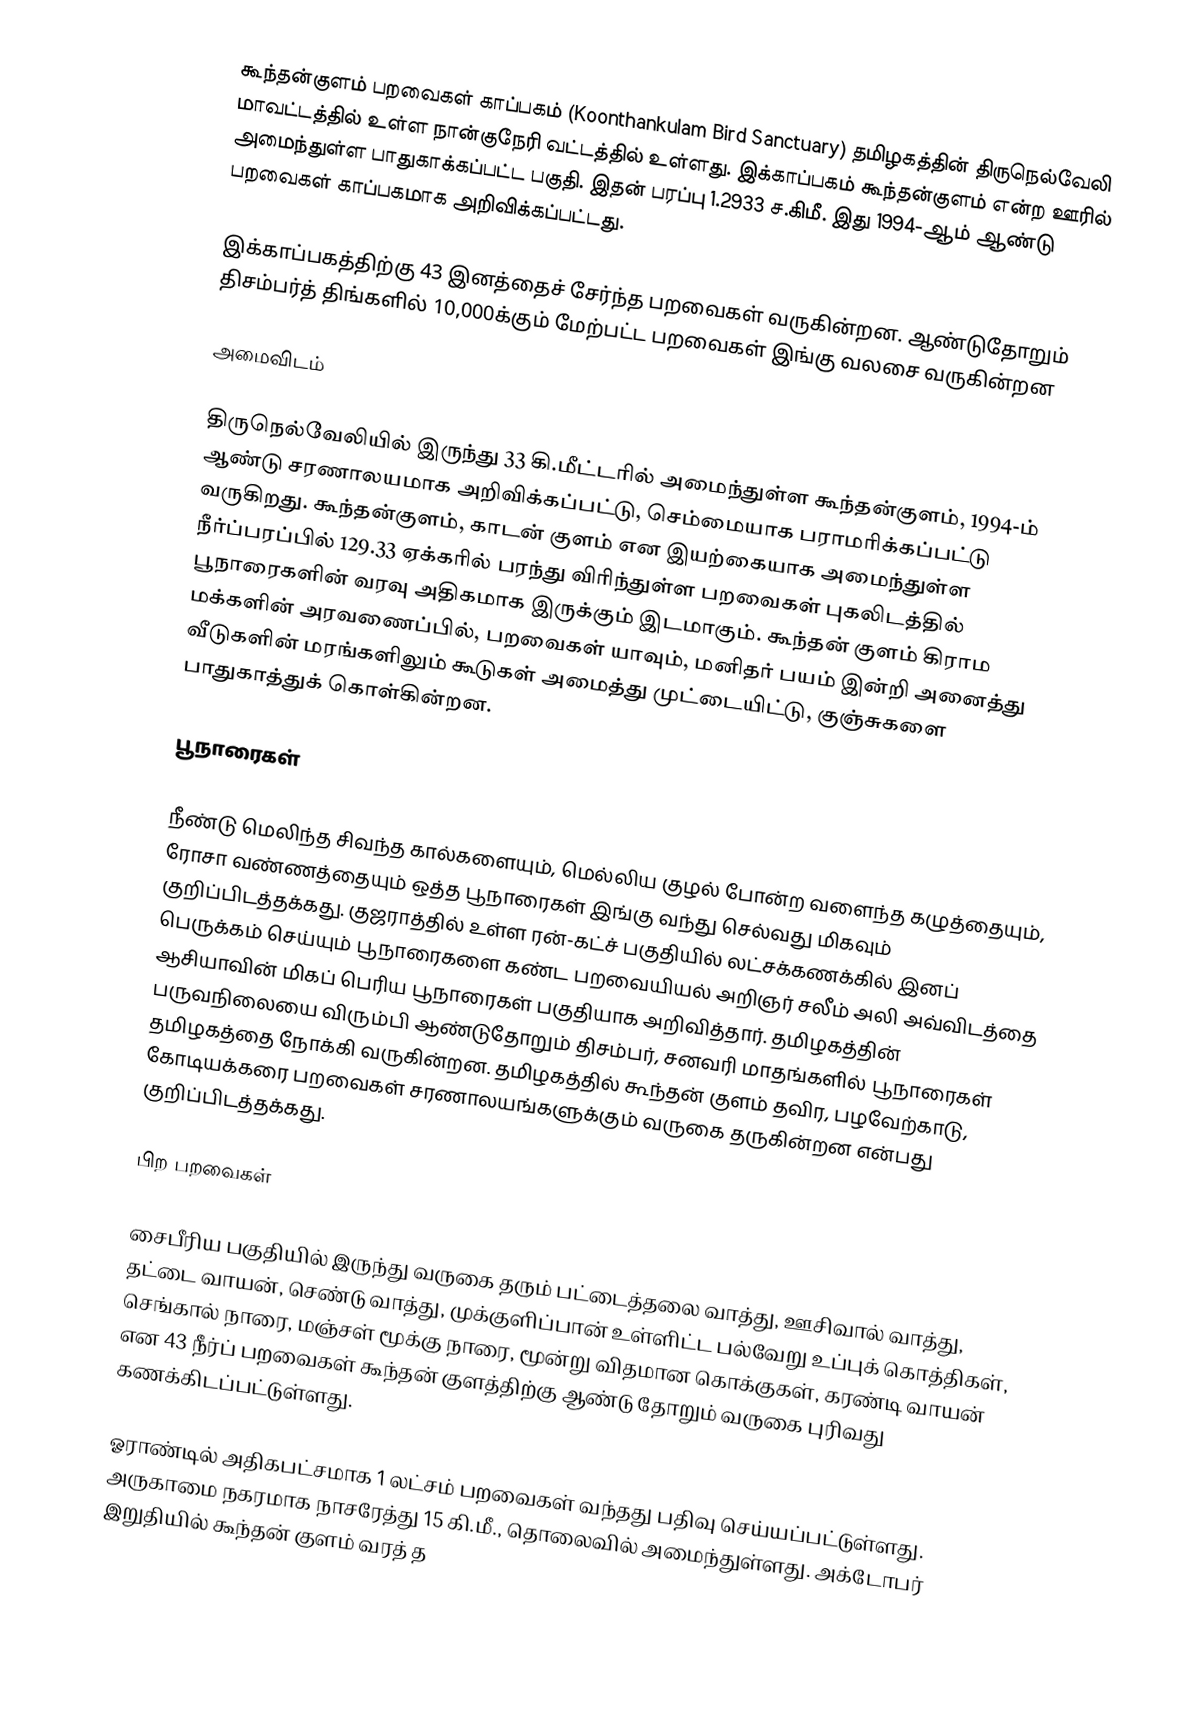
கூந்தன்குளம் பறவைகள் காப்பகம் (Koonthankulam Bird Sanctuary) தமிழகத்தின் திருநெல்வேலி மாவட்டத்தில் உள்ள நான்குநேரி வட்டத்தில் உள்ளது. இக்காப்பகம் கூந்தன்குளம் என்ற ஊரில் அமைந்துள்ள பாதுகாக்கப்பட்ட பகுதி. இதன் பரப்பு 1.2933 ச.கிமீ. இது 1994-ஆம் ஆண்டு பறவைகள் காப்பகமாக அறிவிக்கப்பட்டது.

இக்காப்பகத்திற்கு 43 இனத்தைச் சேர்ந்த பறவைகள் வருகின்றன. ஆண்டுதோறும் திசம்பர்த் திங்களில் 10,000க்கும் மேற்பட்ட பறவைகள் இங்கு வலசை வருகின்றன

அமைவிடம்

திருநெல்வேலியில் இருந்து 33 கி.மீட்டரில் அமைந்துள்ள கூந்தன்குளம், 1994-ம் ஆண்டு சரணாலயமாக அறிவிக்கப்பட்டு, செம்மையாக பராமரிக்கப்பட்டு வருகிறது. கூந்தன்குளம், காடன் குளம் என இயற்கையாக அமைந்துள்ள நீர்ப்பரப்பில் 129.33 ஏக்கரில் பரந்து விரிந்துள்ள பறவைகள் புகலிடத்தில் பூநாரைகளின் வரவு அதிகமாக இருக்கும் இடமாகும். கூந்தன் குளம் கிராம மக்களின் அரவணைப்பில், பறவைகள் யாவும், மனிதர் பயம் இன்றி அனைத்து வீடுகளின் மரங்களிலும் கூடுகள் அமைத்து முட்டையிட்டு, குஞ்சுகளை பாதுகாத்துக் கொள்கின்றன.

பூநாரைகள்

நீண்டு மெலிந்த சிவந்த கால்களையும், மெல்லிய குழல் போன்ற வளைந்த கழுத்தையும், ரோசா வண்ணத்தையும் ஒத்த பூநாரைகள் இங்கு வந்து செல்வது மிகவும் குறிப்பிடத்தக்கது. குஜராத்தில் உள்ள ரன்-கட்ச் பகுதியில் லட்சக்கணக்கில் இனப் பெருக்கம் செய்யும் பூநாரைகளை கண்ட பறவையியல் அறிஞர் சலீம் அலி அவ்விடத்தை ஆசியாவின் மிகப் பெரிய பூநாரைகள் பகுதியாக அறிவித்தார். தமிழகத்தின் பருவநிலையை விரும்பி ஆண்டுதோறும் திசம்பர், சனவரி மாதங்களில் பூநாரைகள் தமிழகத்தை நோக்கி வருகின்றன. தமிழகத்தில் கூந்தன் குளம் தவிர, பழவேற்காடு, கோடியக்கரை பறவைகள் சரணாலயங்களுக்கும் வருகை தருகின்றன என்பது குறிப்பிடத்தக்கது.

பிற பறவைகள்

சைபீரிய பகுதியில் இருந்து வருகை தரும் பட்டைத்தலை வாத்து, ஊசிவால் வாத்து, தட்டை வாயன், செண்டு வாத்து, முக்குளிப்பான் உள்ளிட்ட பல்வேறு உப்புக் கொத்திகள், செங்கால் நாரை, மஞ்சள் மூக்கு நாரை, மூன்று விதமான கொக்குகள், கரண்டி வாயன் என 43 நீர்ப் பறவைகள் கூந்தன் குளத்திற்கு ஆண்டு தோறும் வருகை புரிவது கணக்கிடப்பட்டுள்ளது.

ஓராண்டில் அதிகபட்சமாக 1 லட்சம் பறவைகள் வந்தது பதிவு செய்யப்பட்டுள்ளது. அருகாமை நகரமாக நாசரேத்து 15 கி.மீ., தொலைவில் அமைந்துள்ளது. அக்டோபர் இறுதியில் கூந்தன் குளம் வரத் த